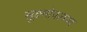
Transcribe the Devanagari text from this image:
सूक्ष्मोपलब्ध